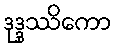
ဒုဒ္ဒဿိကော